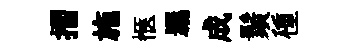
摺施愜羈成鬚種